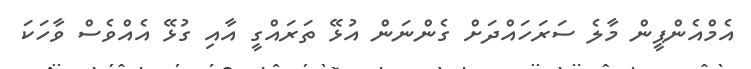
އެމްއެންޕީން މާލެ ސަރަހައްދަށް ގެންނަން އުޅޭ ތަރައްގީ އާއި ގުޅޭ އެއްވެސް ވާހަކަ